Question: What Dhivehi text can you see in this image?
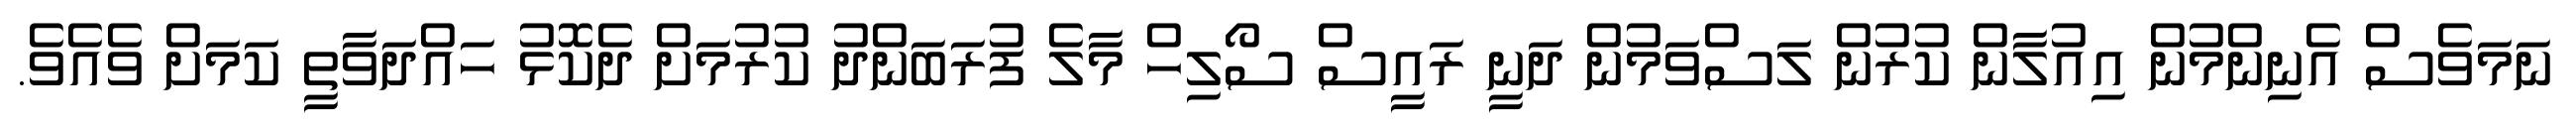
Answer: ނަމަވެސް އެނިންމުން އިއުލާން ކުރުން ލަސްވަމުން ދަނީ ރައީސް ސޯލިހް މާލެ ފުރަބަންދު ކުރުމަށް ދެކޮޅު ހައްދަވާތީ ކަމަށް ވެއެވެ.